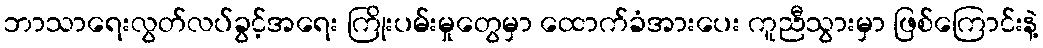
ဘာသာရေးလွတ်လပ်ခွင့်အရေး ကြိုးပမ်းမှုတွေမှာ ထောက်ခံအားပေး ကူညီသွားမှာ ဖြစ်ကြောင်းနဲ့